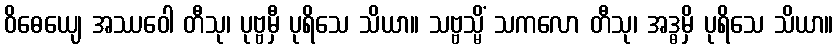
ဝိဓေယျေ အဿဝေါ တီသု၊ ပုဗ္ဗမှီ ပုရိသေ သိယာ။ သဗ္ဗသ္မိံ သကလော တီသု၊ အဒ္ဓမှိ ပုရိသေ သိယာ။